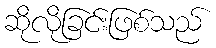
ဆိုလိုခြင်းဖြစ်သည်